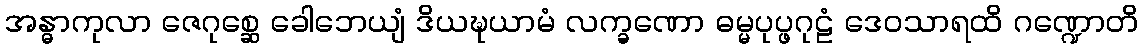
အန္ဓာကုလာ ဇေဂုစ္ဆေ ခေါဘေယျံ ဒိယဍ္ဎယာမံ လက္ခဏော ဓမ္မပုပ္ဖဂုဠံ ဒေဝသာရထိ ဂဏ္ဍောတိ